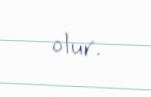
olur.